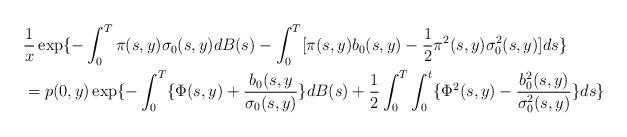
LaTeX: \begin{align*}& \frac{1}{x}\exp\{- \int_0^T\pi(s,y)\sigma_0(s,y)dB(s)-\int_0^T[\pi(s,y)b_0(s,y)-\frac{1}{2}\pi^2(s,y)\sigma_0^2(s,y)]ds \}\\&= p(0,y) \exp\{- \int_0^T \{\Phi(s,y) +\frac{b_0(s,y}{\sigma_0(s,y)} \}dB(s)+\frac{1}{2} \int_0^T\int_0^t \{\Phi^2(s,y) -\frac{b_0^2(s,y)}{\sigma_0^2(s,y)}\} ds\}\end{align*}